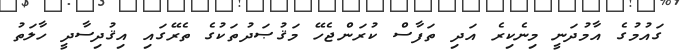
ގައުމުގެ އާމުދަނީ މިނެކިރެ އަދި ތަފާސް ކުރަންޖެހޭ މަޤުޞަދުތަކުގެ ތެރޭގައި އިޤުދިސާދީ ހާލަތު